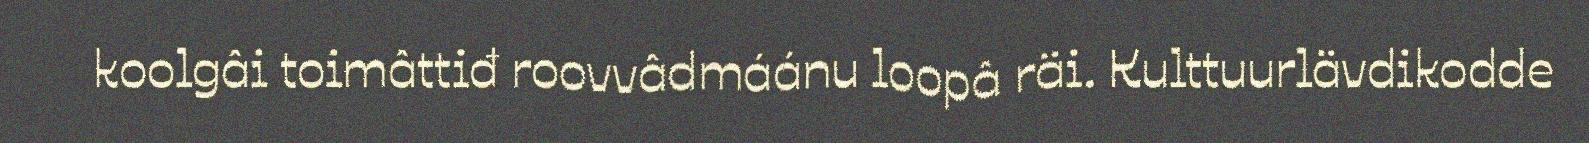
koolgâi toimâttiđ roovvâdmáánu loopâ räi. Kulttuurlävdikodde